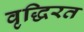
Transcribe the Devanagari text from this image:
वृद्धिरत